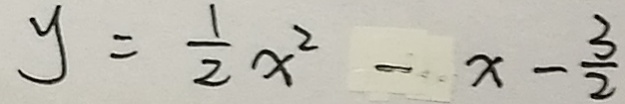
y = \frac { 1 } { 2 } x ^ { 2 } - x - \frac { 3 } { 2 }